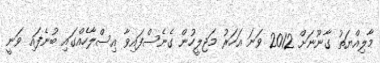
މާލިއްޔަތު ގާނޫނަށް 2012 ވަނަ އަހަރު މަޖިލީހުން ގެނެސްފައިވާ އިސްލާހެއްގައި ބުނެފައި ވަނީ